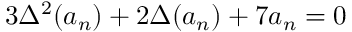
3 \Delta ^ { 2 } ( a _ { n } ) + 2 \Delta ( a _ { n } ) + 7 a _ { n } = 0